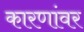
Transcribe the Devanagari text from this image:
कारणांवर